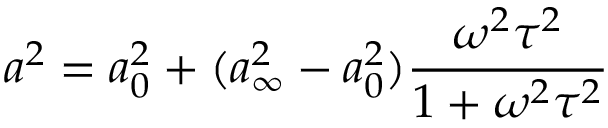
a ^ { 2 } = a _ { 0 } ^ { 2 } + ( a _ { \infty } ^ { 2 } - a _ { 0 } ^ { 2 } ) \frac { \omega ^ { 2 } \tau ^ { 2 } } { 1 + \omega ^ { 2 } \tau ^ { 2 } }